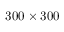
3 0 0 \times 3 0 0